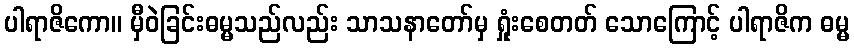
ပါရာဇိကော။ မှီဝဲခြင်းဓမ္မသည်လည်း သာသနာတော်မှ ရှုံးစေတတ် သောကြောင့် ပါရာဇိက ဓမ္မ